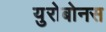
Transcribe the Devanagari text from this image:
युरोबोनस